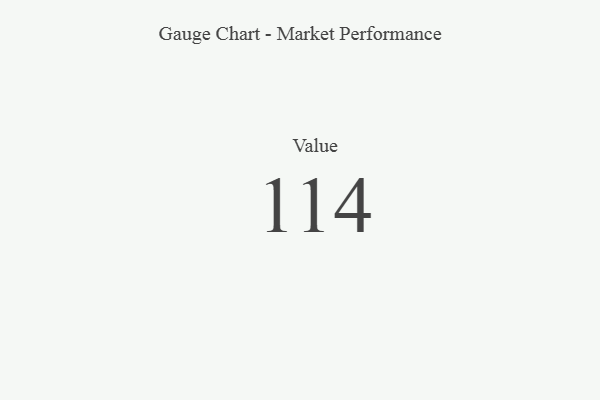
{"axis": {"x": "Metric", "y": "Value"}, "legend": [""], "data": [{"x": "Value", "y": 114, "type": ""}]}